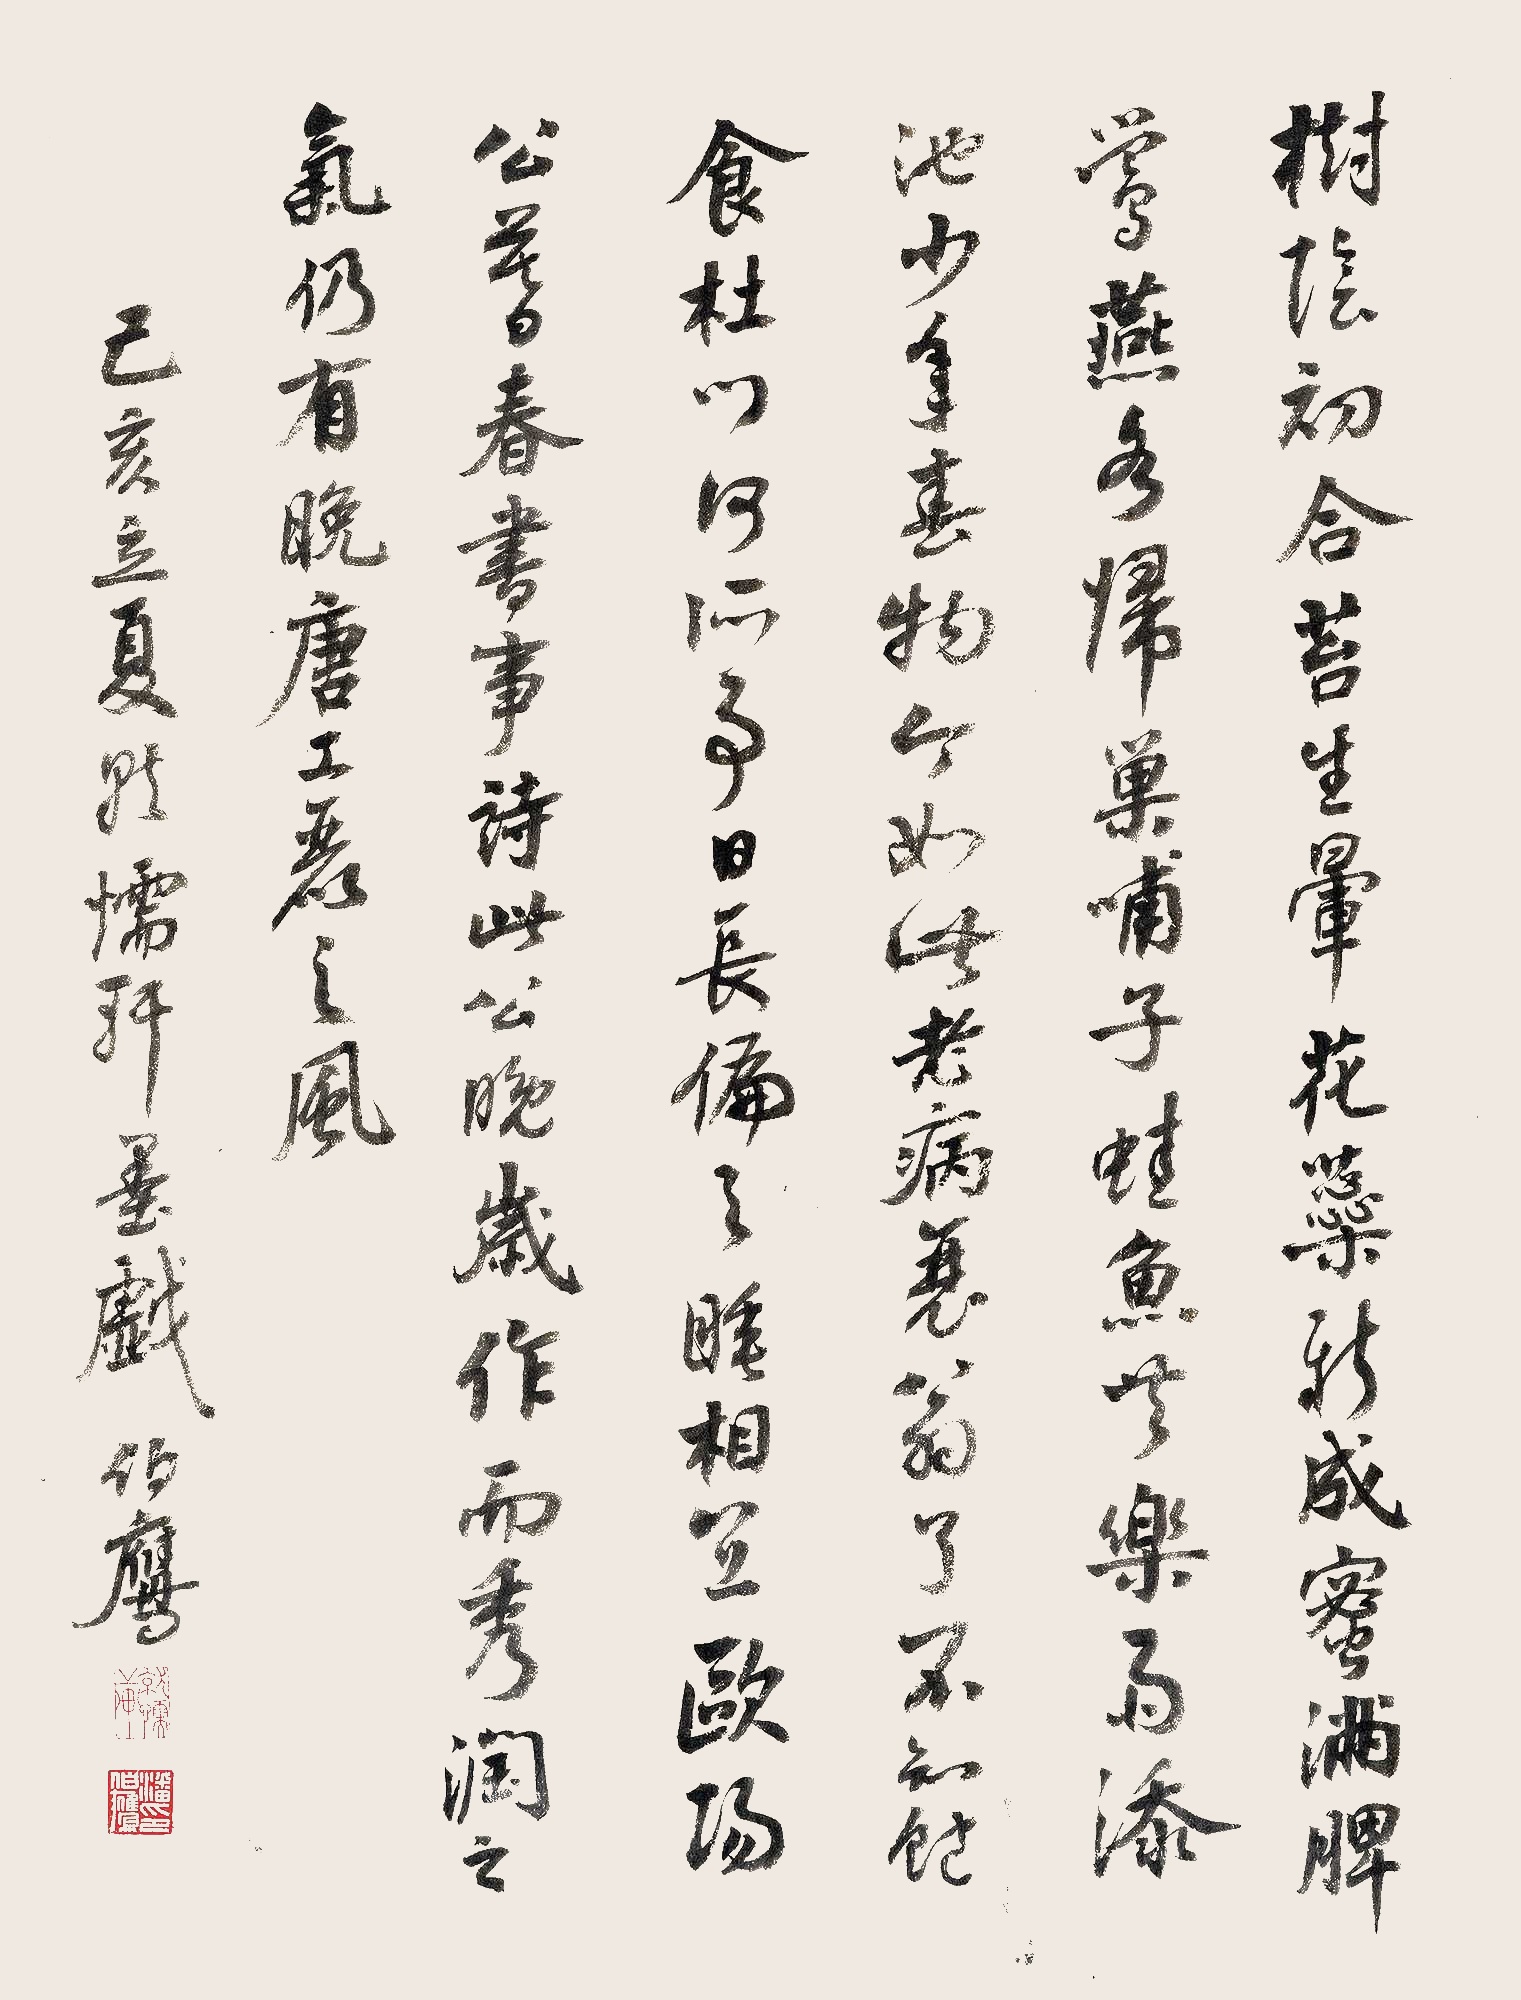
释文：树阴初合苔生晕，花蕊新成蜜满脾。莺燕各归巢哺子，蛙鱼共乐雨添池。少年春物今如此，老病衰翁了不知。饱食杜门何所事，日长偏与睡相宜。欧阳公暮春书事诗，此公晚岁作而秀润之气，仍有晚唐工丽之风。己亥立夏就懦轩墨戏，伯鹰。